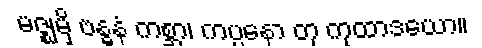
မဇ္ဈမှိ ဗန္ဓနံ ကစ္ဆာ၊ ကပ္ပနော တု ကုထာဒယော။